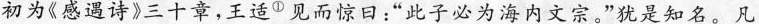
初为《感遇诗》三十章，王适Φ见而惊口：”此子必为海内文宗。”犹是知名。凡